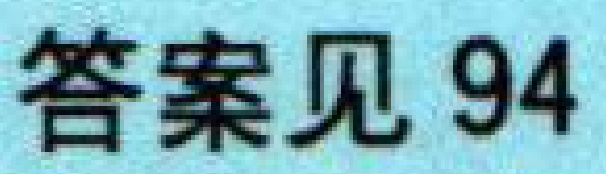
答案见94